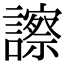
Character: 𧭂